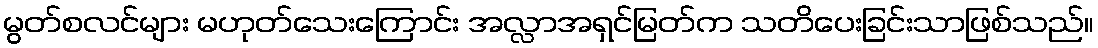
မွတ်စလင်များ မဟုတ်သေးကြောင်း အလ္လာအရှင်မြတ်က သတိပေးခြင်းသာဖြစ်သည်။